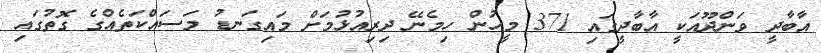
އާބާދީ ވަންދޫއަކީ އާބާދީގައި 371 މީހުން ހިމެނޭ ދިރިއުޅުމަށް މައިގަނޑު މަސައްކަތެއްގެ ގޮތުގައި